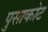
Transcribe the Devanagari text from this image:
पुसाकोट